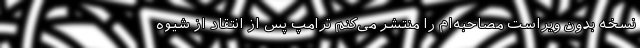
نسخه بدون ویراست مصاحبه‌ام را منتشر می‌کنم ترامپ پس از انتقاد از شیوه